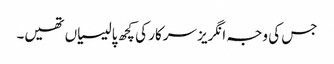
جس کی وجہ انگریز سرکار کی کچھ پالیسیاں تھیں۔